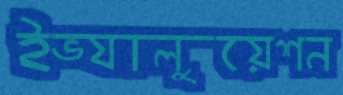
ইভ্যালুয়েশন